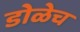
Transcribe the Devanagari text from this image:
डोळेच